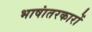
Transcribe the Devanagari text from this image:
भाषांतरकारों